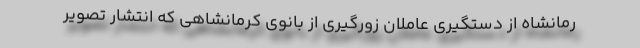
رمانشاه از دستگیری عاملان زورگیری از بانوی کرمانشاهی که انتشار تصویر